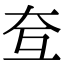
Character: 𡗨